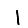
Digit: 1